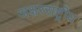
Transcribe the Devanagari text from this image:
अक्षरराष्ट्रीय